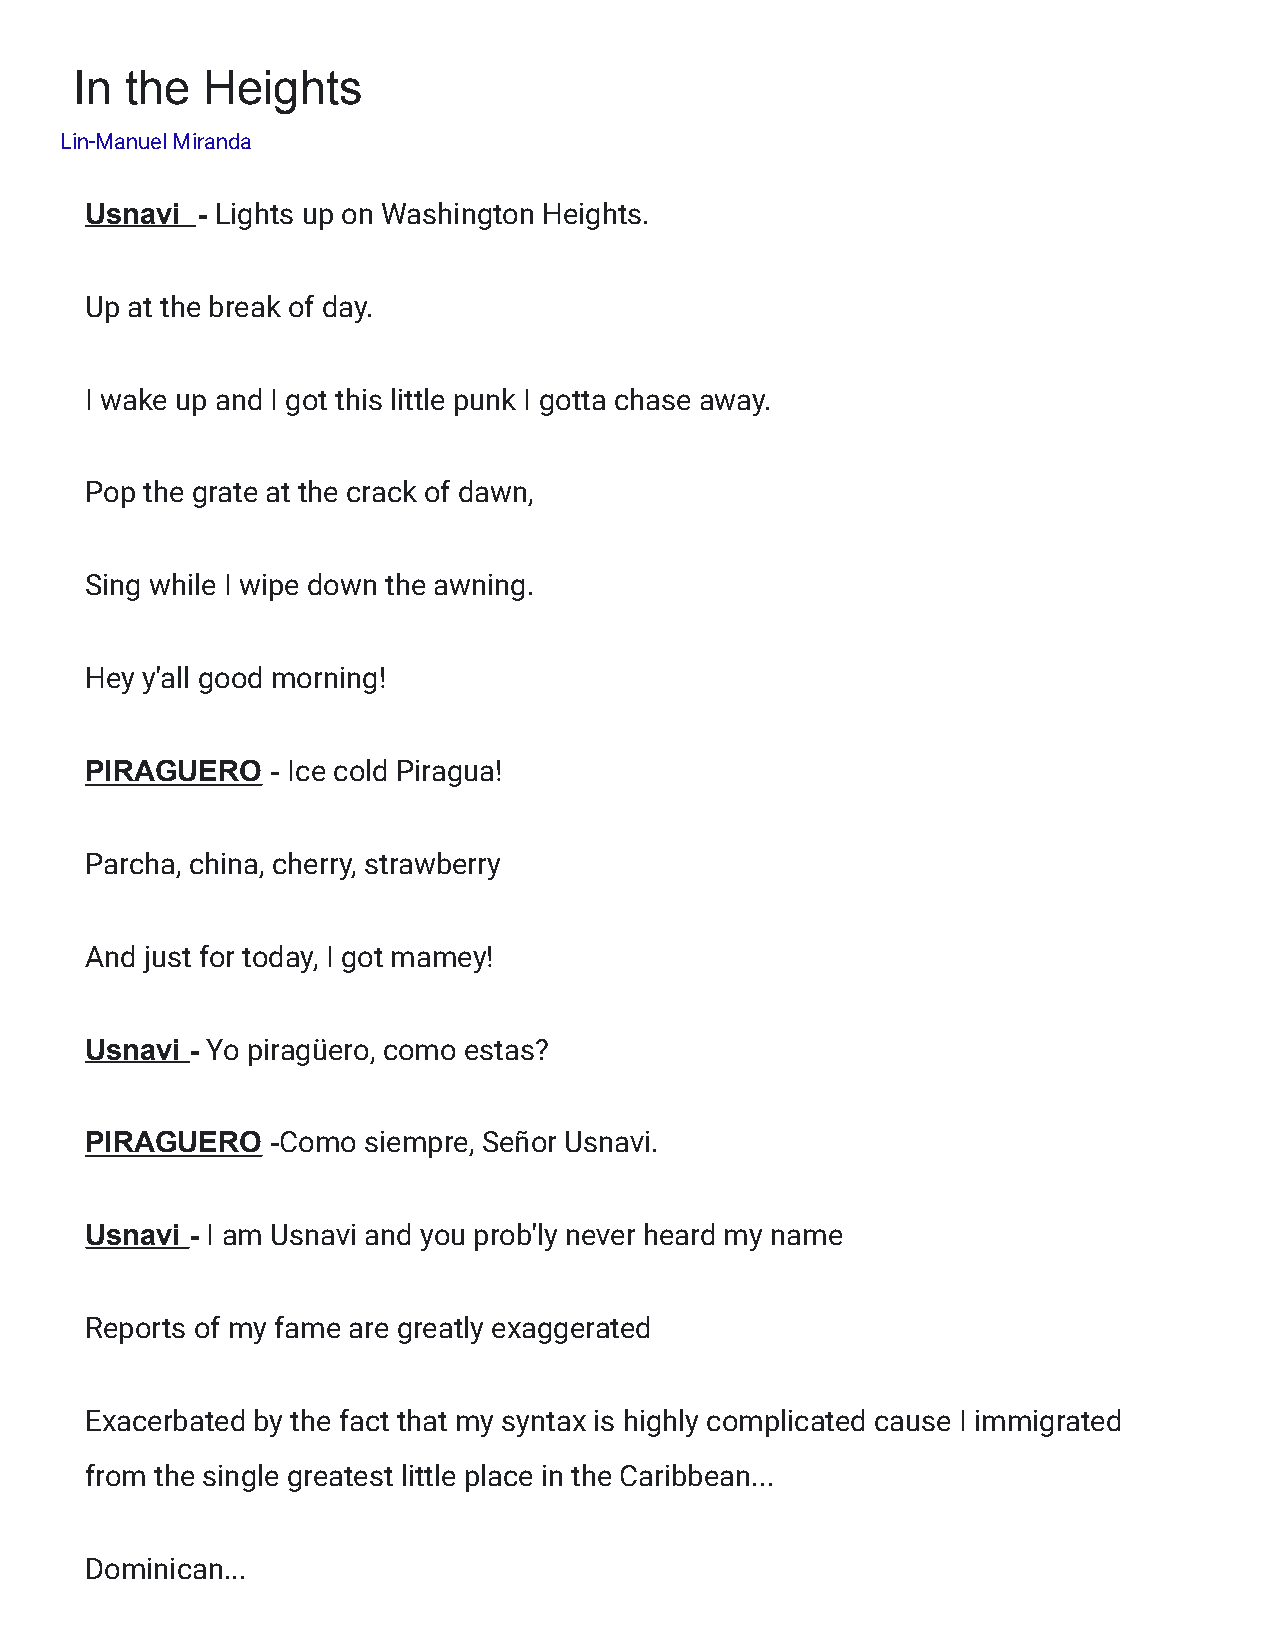
In the  Heights
 Lin-Manuel Miranda
 Usnavi - Lights up on Washington Heights.
 Up at the break of day.
 I wake up and I got this little punk I gotta chase away.
 Pop the grate at the crack of dawn,
 Sing while I wipe down the awning.
 Hey y'all good morning!
 PIRAGUERO   - Ice cold Piragua!
 Parcha, china, cherry, strawberry
 And just for today, I got mamey!
 Usnavi - Yo piragüero, como estas?
 PIRAGUERO   -Como siempre, Señor Usnavi.
 Usnavi - I am Usnavi and you prob'ly never heard my name
 Reports of my fame are greatly exaggerated
 Exacerbated by the fact that my syntax is highly complicated cause I immigrated
 from the single greatest little place in the Caribbean...
 Dominican...